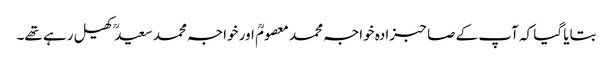
بتایا گیا کہ آپ کے صاحبزادہ خواجہ محمد معصومؒ اور خواجہ محمد سعیدؒ کھیل رہے تھے۔